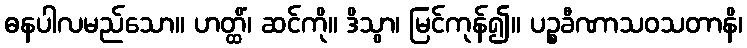
ဓနပါလမည်သော။ ဟတ္ထိံ၊ ဆင်ကို။ ဒိသွာ၊ မြင်ကုန်၍။ ပဉ္စခီဏာသဝသတာနိ၊